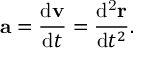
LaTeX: \mathbf { a } = { \frac { \mathrm { d } \mathbf { v } } { \mathrm { d } t } } = { \frac { \mathrm { d ^ { 2 } } \mathbf { r } } { \mathrm { d } t ^ { 2 } } } .